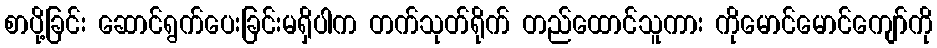
စာပို့ခြင်း ဆောင်ရွက်ပေးခြင်းမရှိပါက တက်သုတ်ရိုက် တည်ထောင်သူကား ကိုမောင်မောင်ကျော်ကို